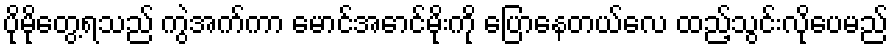
ပိုမိုတွေ့ရသည် ကွဲအက်ကာ မောင်အောင်မိုးကို ပြောနေတယ်လေ ထည့်သွင်းလိုပေမည်